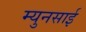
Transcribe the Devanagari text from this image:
म्युनसाई